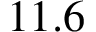
1 1 . 6